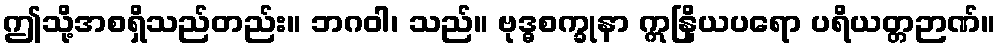
ဤသို့အစရှိသည်တည်း။ ဘဂဝါ၊ သည်။ ဗုဒ္ဓစက္ခုနာ ဣနြိယပရော ပရိယတ္တဉာဏ်။